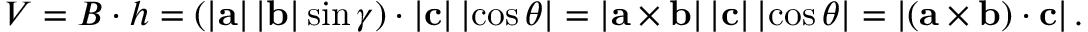
V = B \cdot h = \left( \left| \mathbf { a } \right| \left| \mathbf { b } \right| \sin \gamma \right) \cdot \left| \mathbf { c } \right| \left| \cos \theta \right| = \left| \mathbf { a } \times \mathbf { b } \right| \left| \mathbf { c } \right| \left| \cos \theta \right| = \left| \left( \mathbf { a } \times \mathbf { b } \right) \cdot \mathbf { c } \right| .